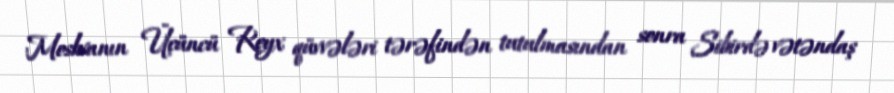
Moskvanın Üçüncü Reyx qüvvələri tərəfindən tutulmasından sonra Sibirdə vətəndaş